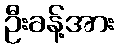
ဦးခန့်အား